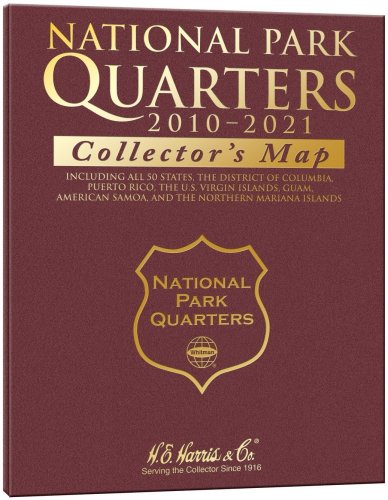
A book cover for National Park Quarter Collector's Map; Whitman Publishing; Crafts, Hobbies & Home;